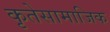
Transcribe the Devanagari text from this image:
कृतेसामाजिक